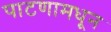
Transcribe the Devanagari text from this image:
पाटणामधून